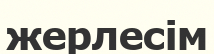
жерлесім